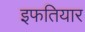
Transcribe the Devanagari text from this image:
इफतियार